Reports on military cantonments and civil stations in the Presidency of Bombay inspected by the Sanitary Commissioner in the years 1875 and 1876
Year: 1875
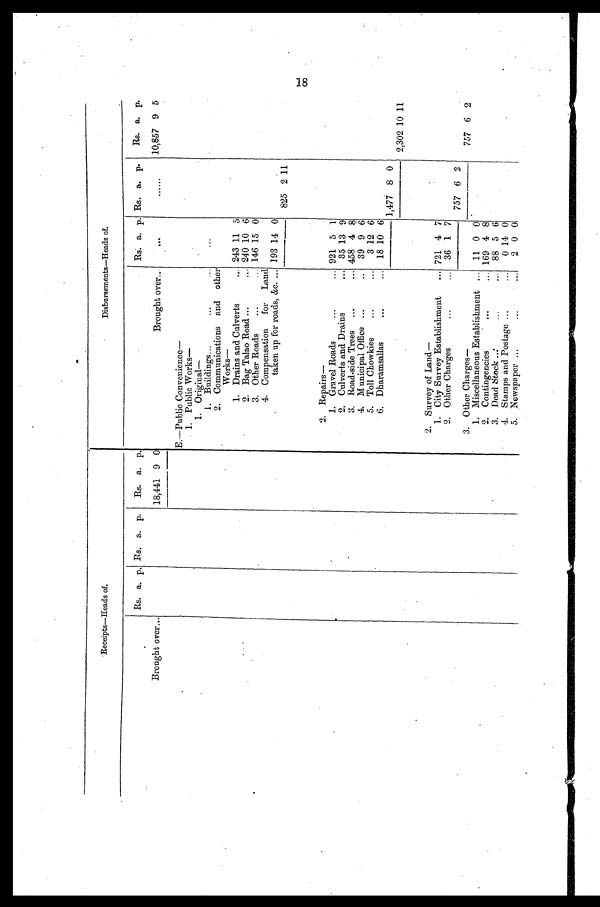
Receipts—Heads of.
Disbursements—Heads of.
Rs. a. p. Rs. a. p.
Rs. a. p.
Rs. a. p. Rs. a. p.
Rs. a.. p.
Brought over...
18,441 9 0
Brought over...
. . .
......
10,857 9 5
E.—Public Convenience
—
1. Public Works
—
.
1. Original—
1. Buildings
2. Communications and other
Works
—
1. Drains and Culverts
243 11 5
2. Bag Talao Road
240 10 6
3. Other Roads
146 15 0
4. Compensation for Land
taken up for roads, &c.
193 14 0
825 2 11
2. Repairs —
.
1. Gravel Roads
921 5 1
2. Culverts and Drains
35 13 9
3. Road-side Trees
458 4 8
4. Municipal Office
39 9 6
5. Toll Chowkies
3 12 6
6. Dharamsallas
18 10 6
1,477 8 0
2,302 10 11
2. Survey of Land—
1. City Survey Establishment
721 4 7
2. Other Charges
36 1 7
757 6 2
3. Other Charges—
757 6 2
1. Miscellaneous Establishment.
11 0 0
2. Contingencies
169 4 8
3. Dead Stock
88 5 6
4. Stamps and Postage.
0 14 0
5. Newspaper
2 0 0
18